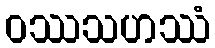
ဝဿသဟဿံ